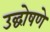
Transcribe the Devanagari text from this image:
उद्घोषणे